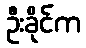
ဦးခိုင်က